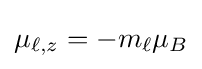
\mu _{\ell ,z}=-m_{\ell }\mu _{B}\,\!